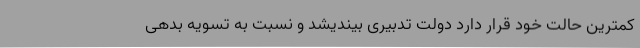
کمترین حالت خود قرار دارد دولت تدبیری بیندیشد و نسبت به تسویه بدهی